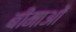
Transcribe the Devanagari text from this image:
बीमाओं